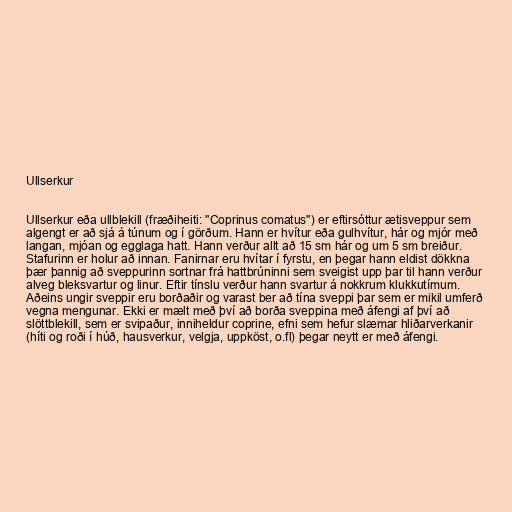
Ullserkur

Ullserkur eða ullblekill (fræðiheiti: "Coprinus comatus") er eftirsóttur ætisveppur sem
algengt er að sjá á túnum og í görðum. Hann er hvítur eða gulhvítur, hár og mjór með
langan, mjóan og egglaga hatt. Hann verður allt að 15 sm hár og um 5 sm breiður.
Stafurinn er holur að innan. Fanirnar eru hvítar í fyrstu, en þegar hann eldist dökkna
þær þannig að sveppurinn sortnar frá hattbrúninni sem sveigist upp þar til hann verður
alveg bleksvartur og linur. Eftir tínslu verður hann svartur á nokkrum klukkutímum.
Aðeins ungir sveppir eru borðaðir og varast ber að tína sveppi þar sem er mikil umferð
vegna mengunar. Ekki er mælt með því að borða sveppina með áfengi af því að
slöttblekill, sem er svipaður, inniheldur coprine, efni sem hefur slæmar hliðarverkanir
(híti og roði í húð, hausverkur, velgja, uppköst, o.fl) þegar neytt er með áfengi.